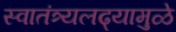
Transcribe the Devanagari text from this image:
स्वातंत्र्यलढ्यामुळे